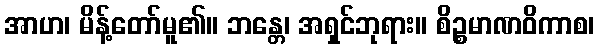
အာဟ၊ မိန့်တော်မူ၏။ ဘန္တေ၊ အရှင်ဘုရား။ စိဉ္စမာဏဝိကာစ၊